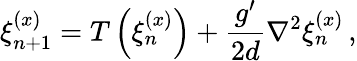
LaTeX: \xi_{n+1}^{(x)}=T\left(\xi_{n}^{(x)}\right)+\frac{g^{\prime}}{2d}\nabla^{2}\xi_{n}^{(x)}\, ,